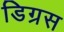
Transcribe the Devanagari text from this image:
डिग्रस